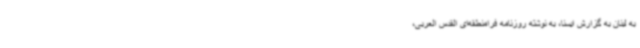
به لبنان به گزارش ایسنا، به نوشته روزنامه فرامنطقه‌ای القدس العربی،